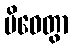
ပိဓေတွာ